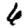
Digit: 6